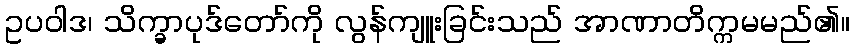
ဥပဝါဒ၊ သိက္ခာပုဒ်တော်ကို လွန်ကျူးခြင်းသည် အာဏာတိက္ကမမည်၏။